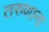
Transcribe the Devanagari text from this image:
तरुणाना